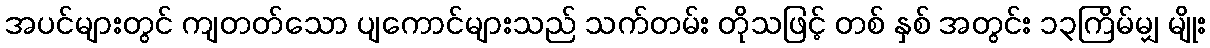
အပင်များတွင် ကျတတ်သော ပျကောင်များသည် သက်တမ်း တိုသဖြင့် တစ် နှစ် အတွင်း ၁၃ကြိမ်မျှ မျိုး